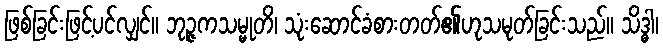
ဖြစ်ခြင်းဖြင့်ပင်လျှင်။ ဘုဉ္ဇကသမ္မုတိ၊ သုံးဆောင်ခံစားတတ်၏ဟုသမုတ်ခြင်းသည်။ သိဒ္ဓါ၊